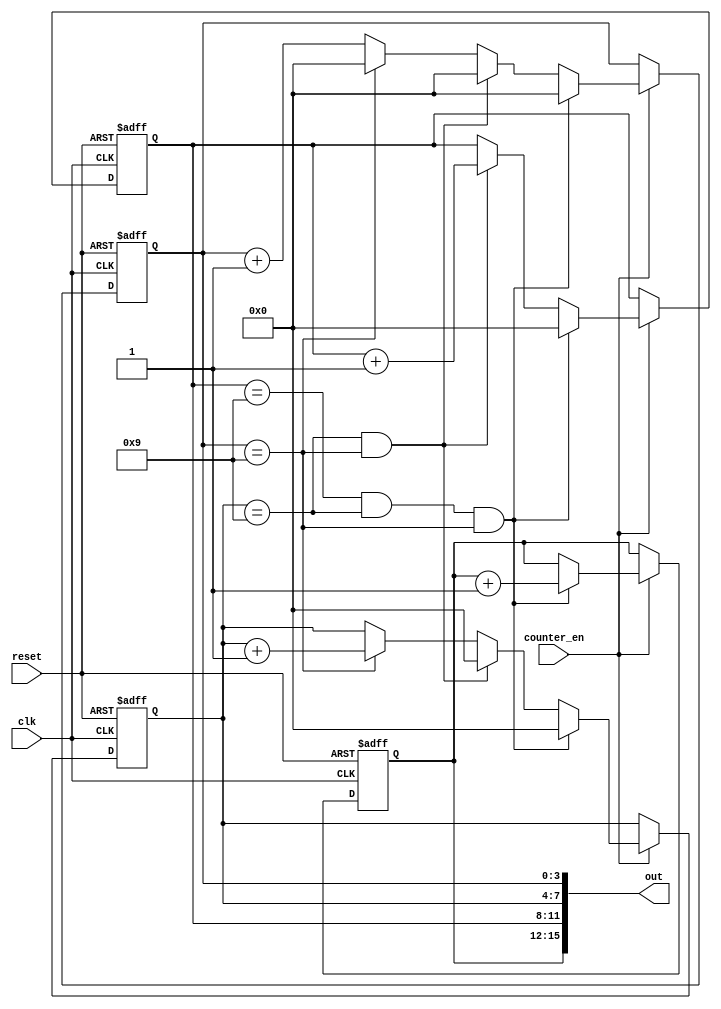
module counter(
  clk,
  reset,
  counter_en,
  out
);

input clk,reset,counter_en;
output[15:0] out;

reg[3:0] cnt0,cnt1,cnt2,cnt3;

assign out={cnt3,cnt2,cnt1,cnt0};

initial begin
  cnt3=0;
  cnt2=0;
  cnt1=0;
  cnt0=0;
end

always @(posedge clk,negedge reset) begin
  if(~reset) begin
    cnt3=0;
    cnt2=0;
    cnt1=0;
    cnt0=0;
  end
  else begin
    if(counter_en) begin
      if(cnt2==9&&cnt1==9&&cnt0==9)begin
        cnt3=cnt3+1;
        cnt2<=0;
        cnt1<=0;
        cnt0<=0;
      end
      else if(cnt1==9&&cnt0==9) begin
        cnt2<=cnt2+1;
        cnt1<=0;
        cnt0<=0;
      end
      else if(cnt0==9) begin
        cnt1=cnt1+1;
        cnt0<=0;
      end
      else cnt0<=cnt0+1;
    end
  end
end

endmodule // counter